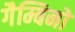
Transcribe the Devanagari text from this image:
गैम्बिनो